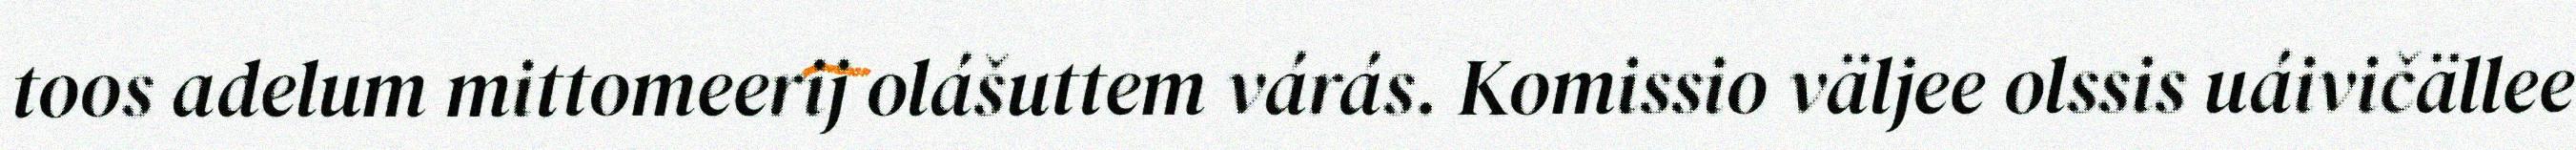
toos adelum mittomeerij olášuttem várás. Komissio väljee olssis uáivičällee